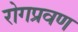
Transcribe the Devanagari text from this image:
रोगप्रवण